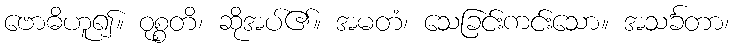
ဗောဓိဟူ၍။ ဝုစ္စတိ၊ ဆိုအပ်၏။ အမတံ၊ သေခြင်းကင်းသော။ အသင်္ခတာ၊